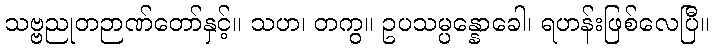
သဗ္ဗညုတဉာဏ်တော်နှင့်။ သဟ၊ တကွ။ ဥပသမ္ပန္နောခေါ၊ ရဟန်းဖြစ်လေပြီ။